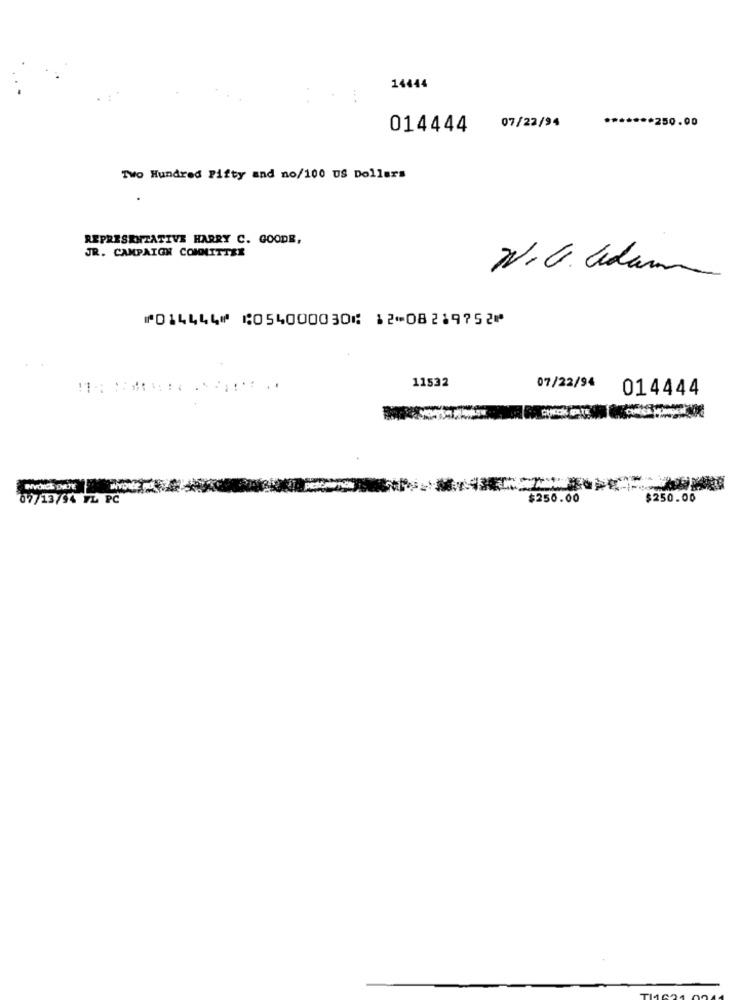
14444
******* 250.00
014444 07/22/94
Two Hundred Fifty and no/100 US Dollars
REPRESENTATIVE HARRY C. GOODE,
JR. CAMPAIGN COMNITTER
N.G. adam
⑈014444⑈ ⑆054000030⑆ 12⑉08219752⑈
11532
07/22/94
014444
07/13/94 FL PC
$250.00
$250.00